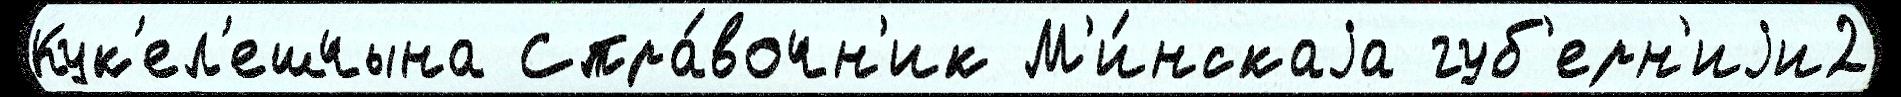
Кук'ел'ешчына Спра́вочн'ик М'и́нскаjа губ'ерн'иjи2